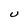
Character: U